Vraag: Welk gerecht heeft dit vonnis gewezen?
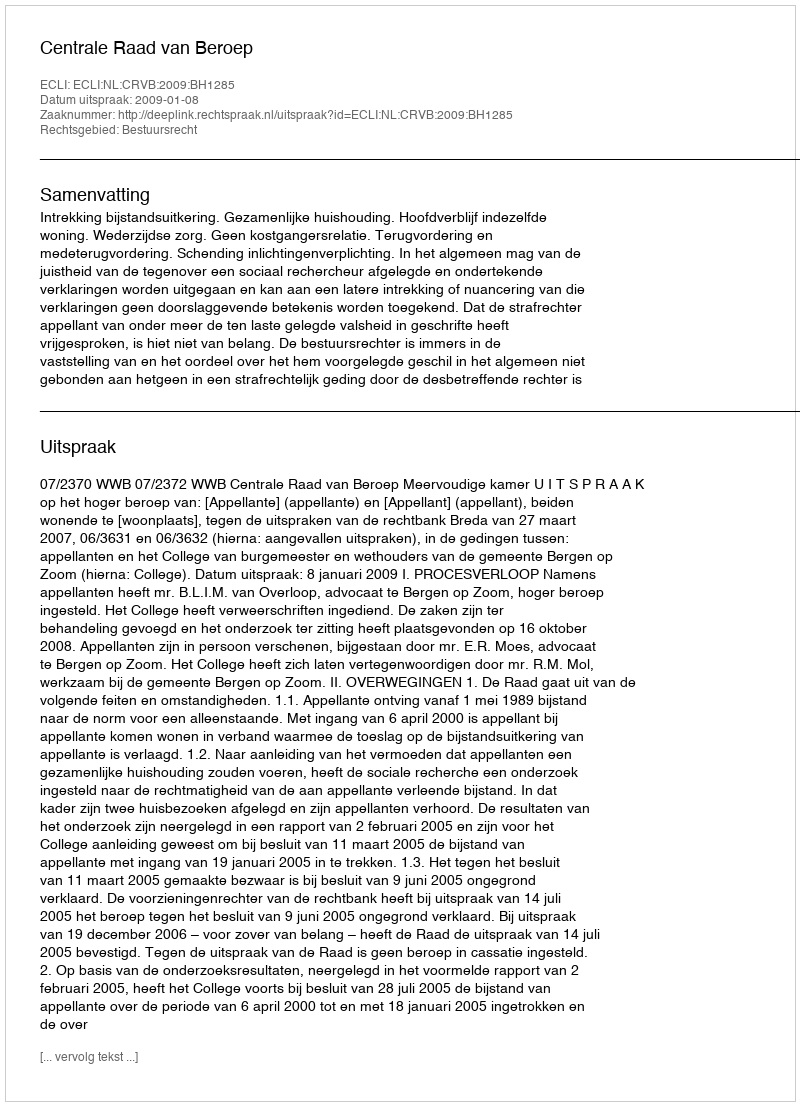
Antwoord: Centrale Raad van Beroep